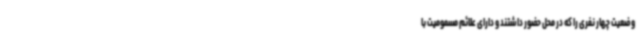
وضعیت چهار نفری را که در محل حضور داشتند و دارای علائم مسمومیت با